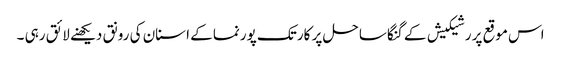
اس موقع پر رشیکیش کے گنگا ساحل پر کارتک پورنما کے اسنان کی رونق دیکھنے لائق رہی ۔